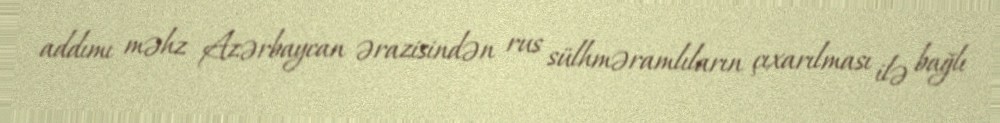
addımı məhz Azərbaycan ərazisindən rus sülhməramlıların çıxarılması ilə bağlı